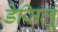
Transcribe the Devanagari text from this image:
डेसिलू